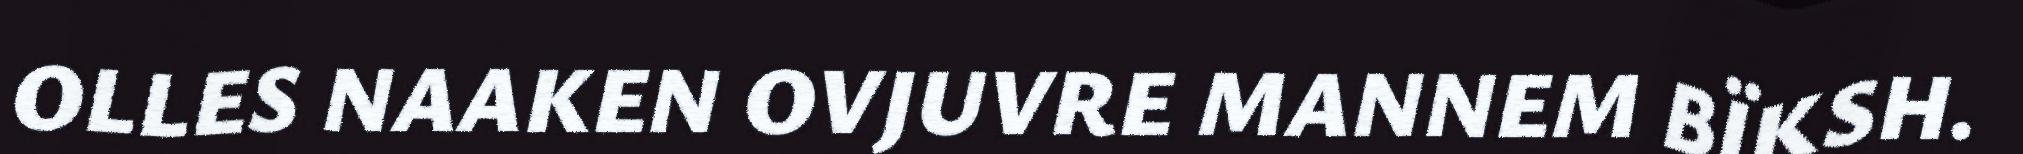
OLLES NAAKEN OVJUVRE MANNEM BÏKSH.